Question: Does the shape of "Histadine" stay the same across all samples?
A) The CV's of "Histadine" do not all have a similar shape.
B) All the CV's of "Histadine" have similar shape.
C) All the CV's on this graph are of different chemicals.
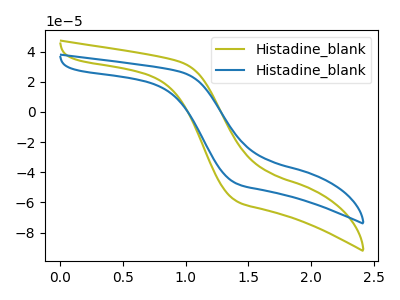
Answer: <think>The olive curve "Histadine_blank1" has no peaks. The blue curve "Histadine_blank2" has no peaks.
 Neither "Histadine_blank1" or "Histadine_blank2" have any peaks.</think>
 <answer>B) All the CV's of "Histadine" have similar shape.</answer>
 <eval>B</eval>